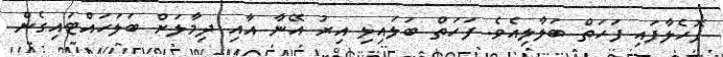
ފޮހެލާފައި ފަހަތް ބަލާލިއެވެ. ފަހަތް ބަލައިލި އިރު އޭނާ އާއި ދިމާލަށް ބަލަހައްޓައިގެން